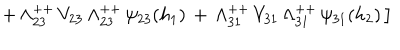
LaTeX: \left. + \, \Lambda _ { 2 3 } ^ { + + } \, V _ { 2 3 } \, \Lambda _ { 2 3 } ^ { + + } \, \psi _ { 2 3 } ( h _ { 1 } ) \, + \, \Lambda _ { 3 1 } ^ { + + } \, V _ { 3 1 } \, \Lambda _ { 3 1 } ^ { + + } \, \psi _ { 3 1 } ( h _ { 2 } ) \, \right]